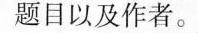
题目以及作者。